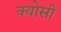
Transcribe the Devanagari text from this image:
क्योसी